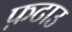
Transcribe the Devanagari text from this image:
फ़टाउ